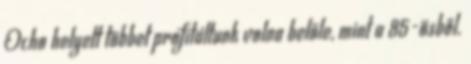
Ocho helyett többet profitáltunk volna belőle, mint a 85-ösből.